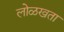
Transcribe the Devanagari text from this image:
लोळखता